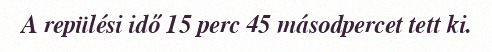
A repülési idő 15 perc 45 másodpercet tett ki.